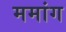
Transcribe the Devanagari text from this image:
ममांग